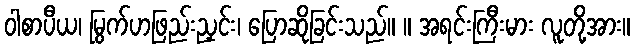
ဝါစာပီယ၊ မြွက်ဟဖြည်းညှင်း၊ ပြောဆိုခြင်းသည်။ ။ အရင်းကြီးမား လူတို့အား။